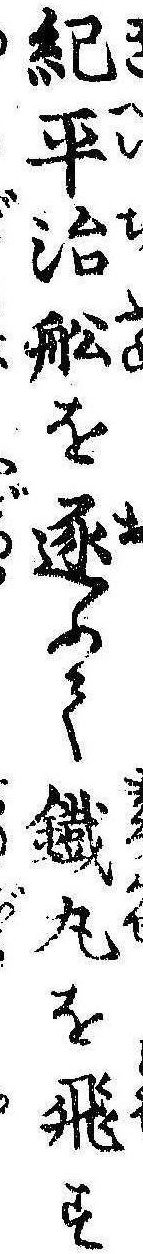
紀平治船を逐ふて鉄丸を飛す